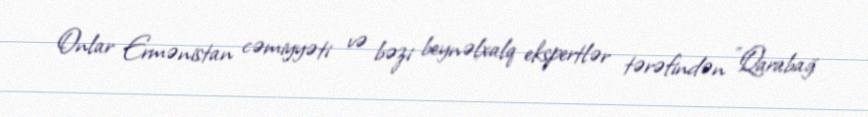
Onlar Ermənistan cəmiyyəti və bəzi beynəlxalq ekspertlər tərəfindən "Qarabağ